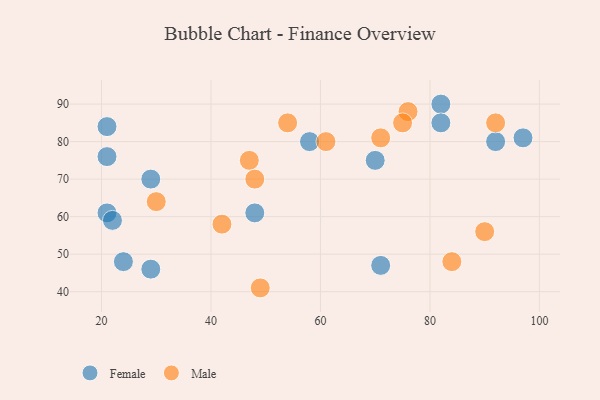
{"axis": {"x": "GDP", "y": "Life Expectancy"}, "legend": ["Female", "Male"], "data": [{"x": "82", "y": 90, "type": "Female"}, {"x": "48", "y": 61, "type": "Female"}, {"x": "97", "y": 81, "type": "Female"}, {"x": "21", "y": 76, "type": "Female"}, {"x": "70", "y": 75, "type": "Female"}, {"x": "21", "y": 61, "type": "Female"}, {"x": "82", "y": 85, "type": "Female"}, {"x": "92", "y": 80, "type": "Female"}, {"x": "71", "y": 47, "type": "Female"}, {"x": "58", "y": 80, "type": "Female"}, {"x": "21", "y": 84, "type": "Female"}, {"x": "29", "y": 70, "type": "Female"}, {"x": "29", "y": 46, "type": "Female"}, {"x": "24", "y": 48, "type": "Female"}, {"x": "22", "y": 59, "type": "Female"}, {"x": "47", "y": 75, "type": "Male"}, {"x": "76", "y": 88, "type": "Male"}, {"x": "71", "y": 81, "type": "Male"}, {"x": "92", "y": 85, "type": "Male"}, {"x": "84", "y": 48, "type": "Male"}, {"x": "90", "y": 56, "type": "Male"}, {"x": "48", "y": 70, "type": "Male"}, {"x": "75", "y": 85, "type": "Male"}, {"x": "54", "y": 85, "type": "Male"}, {"x": "30", "y": 64, "type": "Male"}, {"x": "61", "y": 80, "type": "Male"}, {"x": "49", "y": 41, "type": "Male"}, {"x": "42", "y": 58, "type": "Male"}]}